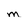
Character: m